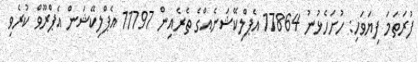
ފުރަތަމަ ފިޔަވަހި: ހުށަހެޅުނު 17864 އެޕްލިކޭޝަނެއްގެ ތެރެއިން 11797 އެޕްލިކޭޝަން އެޕްރޫވް ކުރެވި